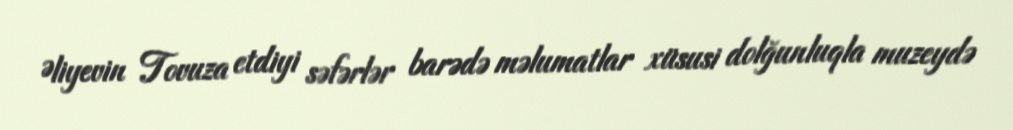
Əliyevin Tovuza etdiyi səfərlər barədə məlumatlar xüsusi dolğunluqla muzeydə